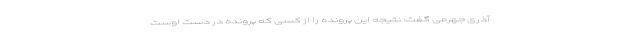
آذری جهرمی گفت: نتیجه این پرونده را از کسی که پرونده در دست اوست